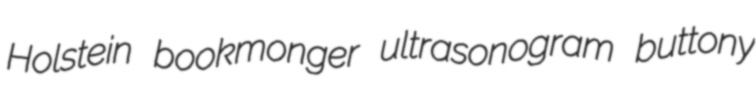
Holstein bookmonger ultrasonogram buttony